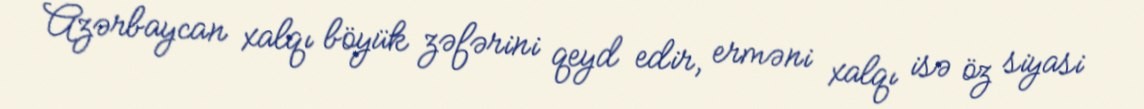
Azərbaycan xalqı böyük zəfərini qeyd edir, erməni xalqı isə öz siyasi